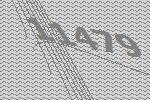
11479